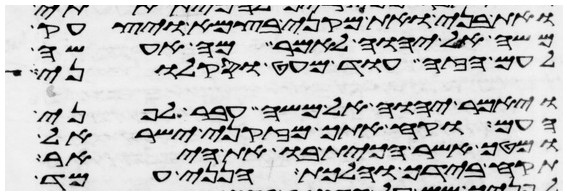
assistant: ואת בני ואת מקני בצמא ויצעק
משה אל יהוה לאמר מה אעשה
לעם הזה עוד מעט וסקלוני
ויאמר יהוה אל משה עבר לפני
העם וקח אתך מזקני ישראל
ומטך אשר הכית בו את היאר
תקח בידך והלכת הנני עמד